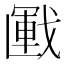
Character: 𢧰